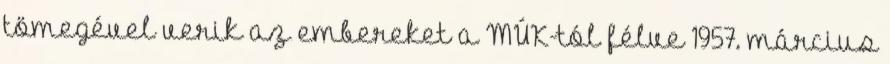
tömegével verik az embereket a MÚK-tól félve 1957. március